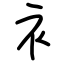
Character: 衤